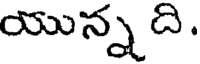
యున్న ది.